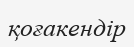
қоғакендір